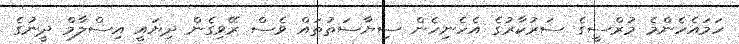
ހަމައެހެންމެ މުރްސީގެ ސަރުކާރުގެ އެހެނިހެން ސިޔާސަތުތައް ވެސް ރޭވިގެން ދިޔައީ އިސްލާމް ދީނުގެ